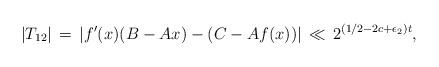
LaTeX: \begin{align*} |T_{12}| \, = \, |f^\prime(x)(B-Ax)-(C-Af(x))| \, \ll \, 2^{(1/2-2c+\epsilon_2)t},\end{align*}